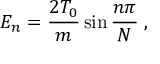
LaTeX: E _ { n } = { \frac { 2 T _ { 0 } } { m } } \sin { \frac { n \pi } { N } } \; ,